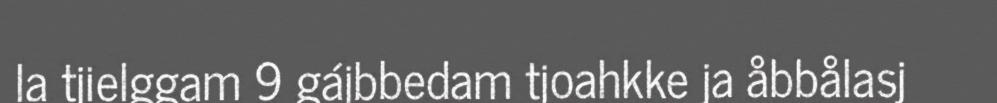
la tjielggam 9 gájbbedam tjoahkke ja åbbålasj